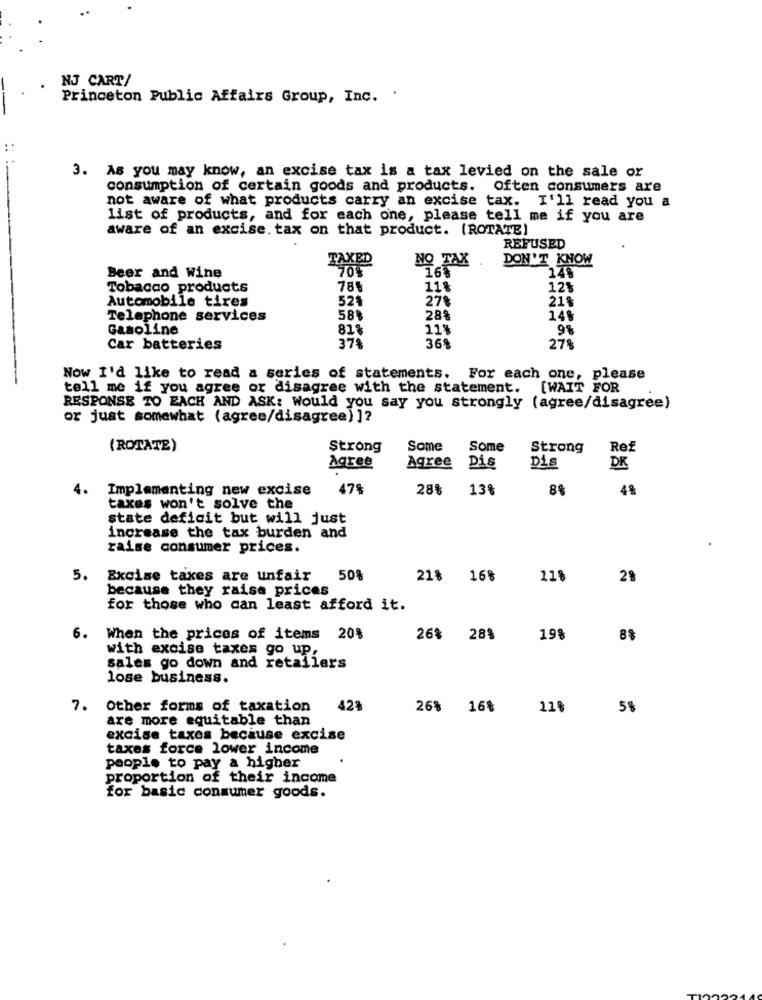
NJ CART/
Princeton Public Affairs Group, Inc. .
3. As you may know, an excise tax is a tax levied on the sale or
consumption of certain goods and products. often consumers are
not aware of what products carry an excise tax. I'll read you a
list of products, and for each one, please tell me if you are
aware of an excise. tax on that product. (ROTATE)
REFUSED
TAXED
NO TAX
DON'T KN
Beer and Wine
Tobacco products
785
11%
12%
Automobile tires
521
27%
21%
Telephone services
58%
28%
14%
Gasoline
81%
11%
9%
37%
Car batteries
36%
278
Now I'd like to read a series of statements. For each one, please
tell me if you agree or disagree with the statement. [WAIT FOR
RESPONSE TO EACH AND ASK: Would you say you strongly (agree/disagree)
or just somewhat (agree/disagree) ]?
(ROTATE)
Strong
Some
Some
Strong
Ref
Agree
Agree
DK
Dis
Dis
4.
Implementing new excise
47%
28%
13%
8%
4%
taxes won't solve the
state deficit but will just
increase the tax burden and
raise consumer prices.
5.
Excise taxes are unfair
50%
21% 16%
11%
29
because they raise prices
for those who can least afford it.
6. When the prices of items 20%
26% 28%
198
8%
with excise taxes go up,
sales go down and retailers
lose business.
7. Other forms of taxation
421
26% 16%
12%
5%
are more equitable than
excise taxes because excise
taxes force lower income
people to pay a higher
proportion of their income
for basic consumer goods.